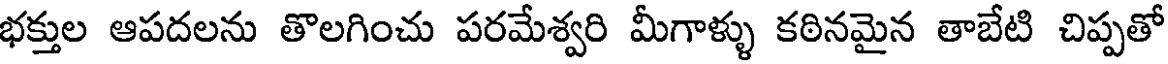
భక్తుల ఆపదలను తొలగించు పరమేశ్వరి మీగాళ్ళు కఠినమైన తాబేటి చిప్పతో